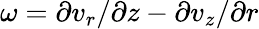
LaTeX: \omega=\partial v_{r}/\partial z-\partial v_{z}/\partial r